Report of the Indian Hemp Drugs Commission, 1894-1895 - Volume IV
Year: 1894
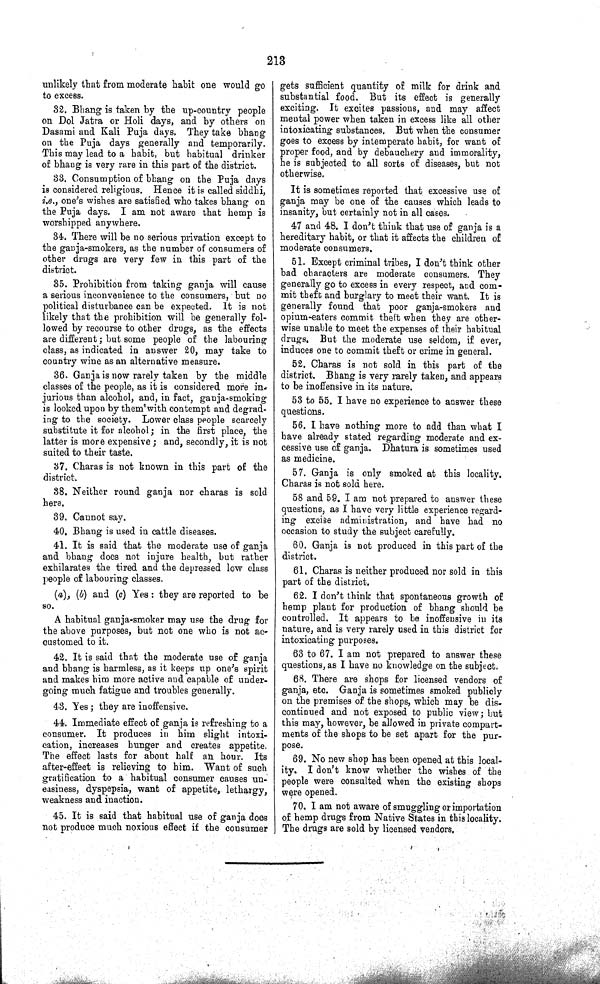
213
unlikely that from moderate habit one would go
to excess.
32. Bhang is taken by the up-country people
on Dol Jatra or Holi days, and by others on
Dasami and Kali Puja days. They take bhang
on the Puja days generally and temporarily.
This may lead to a habit, but habitual drinker
of bhang is very rare in this part of the district.
33. Consumption of bhang on the Puja days
is considered religious. Hence it is called siddhi,
i.e., one's wishes are satisfied who takes bhang on
the Puja days. I am not aware that hemp is
worshipped anywhere.
34. There will be no serious privation except to
the ganja-smokers, as the number of consumers of
other drugs are very few in this part of the
district.
35. Prohibition from taking ganja will cause
a serious inconvenience to the consumers, but no
political disturbance can be expected. It is not
likely that the prohibition will be generally fol-
lowed by recourse to other drugs, as the effects
are different; but some people of the labouring
class, as indicated in answer 20, may take to
country wine as an alternative measure.
36. Ganja is now rarely taken by the middle
classes of the people, as it is considered more in-
jurious than alcohol, and, in fact, ganja-smoking
is looked upon by them with contempt and degrad-
ing to the society. Lower class people scarcely
substitute it for alcohol; in the first place, the
latter is more expensive; and, secondly, it is not
suited to their taste.
37. Charas is not known in this part of the
district.
38. Neither round ganja nor charas is sold
here.
39. Cannot say.
40. Bhang is used in cattle diseases.
41. It is said that the moderate use of ganja
and bhang does not injure health, but rather
exhilarates the tired and the depressed low class
people of labouring classes.
(a), (b) and (c) Yes: they are reported to be
so.
A habitual ganja-smoker may use the drug for
the above purposes, but not one who is not ac-
customed to it.
42. It is said that the moderate use of ganja
and bhang is harmless, as it keeps up one's spirit
and makes him more active and capable of under-
going much fatigue and troubles generally.
43. Yes; they are inoffensive.
44. Immediate effect of ganja is refreshing to a
consumer. It produces in him slight intoxi-
cation, increases hunger and creates appetite.
The effect lasts for about half an hour. Its
after-effect is relieving to him. Want of such
gratification to a habitual consumer causes un-
easiness, dyspepsia, want of appetite, lethargy,
weakness and inaction.
45. It is said that habitual use of ganja does
not produce much noxious effect if the consumer
gets sufficient quantity of milk for drink and
substantial food. But its effect is generally
exciting. It excites passions, and may affect
mental power when taken in excess like all other
intoxicating substances. But when the consumer
goes to excess by intemperate habit, for want of
proper food, and by debauchery and immorality,
he is subjected to all sorts of diseases, but not
otherwise.
It is sometimes reported that excessive use of
ganja may be one of the causes which leads to
insanity, but certainly not in all cases.
47 and 48. I don't think that use of ganja is a
hereditary habit, or that it affects the children of
moderate consumers.
51. Except criminal tribes, I don't think other
bad characters are moderate consumers. They
generally go to excess in every respect, and com-
mit theft and burglary to meet their want. It is
generally found that poor ganja-smokers and
opium-eaters commit theft when they are other-
wise unable to meet the expenses of their habitual
drugs. But the moderate use seldom, if ever,
induces one to commit theft or crime in general.
52. Charas is not sold in this part of the
district. Bhang is very rarely taken, and appears
to be inoffensive in its nature.
53 to 55. I have no experience to answer these
questions.
56. I have nothing more to add than what I
have already stated regarding moderate and ex-
cessive use of ganja. Dhatura is sometimes used
as medicine.
57. Ganja is only smoked at this locality.
Charas is not sold here.
58 and 59. I am not prepared to answer these
questions, as I have very little experience regard-
ing excise administration, and have had no
occasion to study the subject carefully.
60. Ganja is not produced in this part of the
district.
61. Charas is neither produced nor sold in this
part of the district.
62. I don't think that spontaneous growth of
hemp plant for production of bhang should be
controlled. It appears to be inoffensive in its
nature, and is very rarely used in this district for
intoxicating purposes.
63 to 67. I am not prepared to answer these
questions, as I have no knowledge on the subject.
68. There are shops for licensed vendors of
ganja, etc. Ganja is sometimes smoked publicly
on the premises of the shops, which may be dis-
continued and not exposed to public view; but
this may, however, be allowed in private compart-
ments of the shops to be set apart for the pur-
pose.
69. No new shop has been opened at this local-
ity. I don't know whether the wishes of the
people were consulted when the existing shops
were opened.
70. I am not aware of smuggling or importation
of hemp drugs from Native States in this locality.
The drugs are sold by licensed vendors.